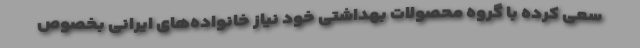
سعی کرده با گروه محصولات بهداشتی خود نیاز خانواده‌های ایرانی بخصوص